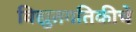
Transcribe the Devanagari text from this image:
विद्युतगतिकीचे